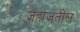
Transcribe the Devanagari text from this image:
जहाजतील